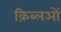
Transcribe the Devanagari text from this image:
क़िब्लओं